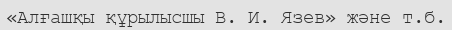
«Алғашқы құрылысшы В. И. Язев» және т.б.